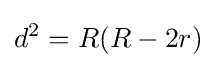
d^{2}=R(R-2r)